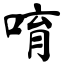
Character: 唷